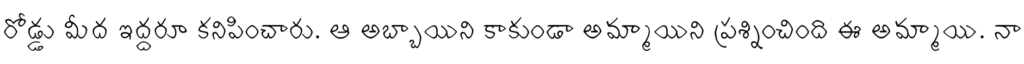
రోడ్డు మీద ఇద్దరూ కనిపించారు. ఆ అబ్బాయిని కాకుండా అమ్మాయిని ప్రశ్నించింది ఈ అమ్మాయి. నా